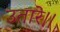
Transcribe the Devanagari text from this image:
उतारे।।